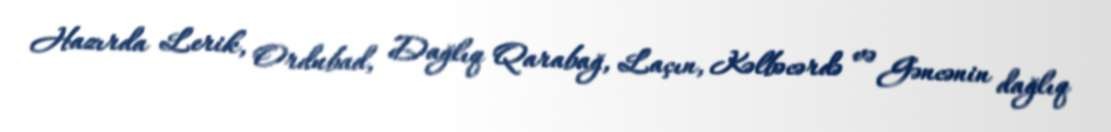
Hazırda Lerik, Ordubad, Dağlıq Qarabağ, Laçın, Kəlbəcərdə və Gəncənin dağlıq